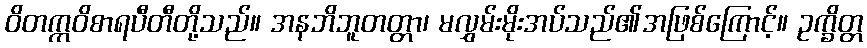
ဝိတက္ကဝိစာရပီတီတို့သည်။ အနဘိဘူတတ္တာ၊ မလွှမ်းမိုးအပ်သည်၏အဖြစ်ကြောင့်။ ဥက္ခိတ္တ